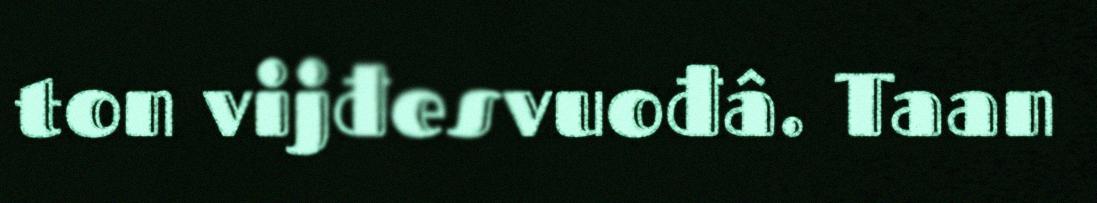
ton vijđesvuođâ. Taan